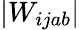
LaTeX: |W_{ijab}|